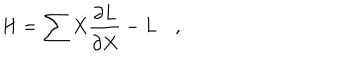
LaTeX: H = \sum \dot { X } \frac { \partial L } { \partial \dot { X } } - L \quad ,